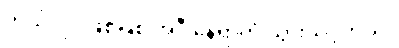
ဘယ်လိုပဲဖြစ်ဖြစ် အဲဒီ နေရာကို သွားသင့်တယ်။